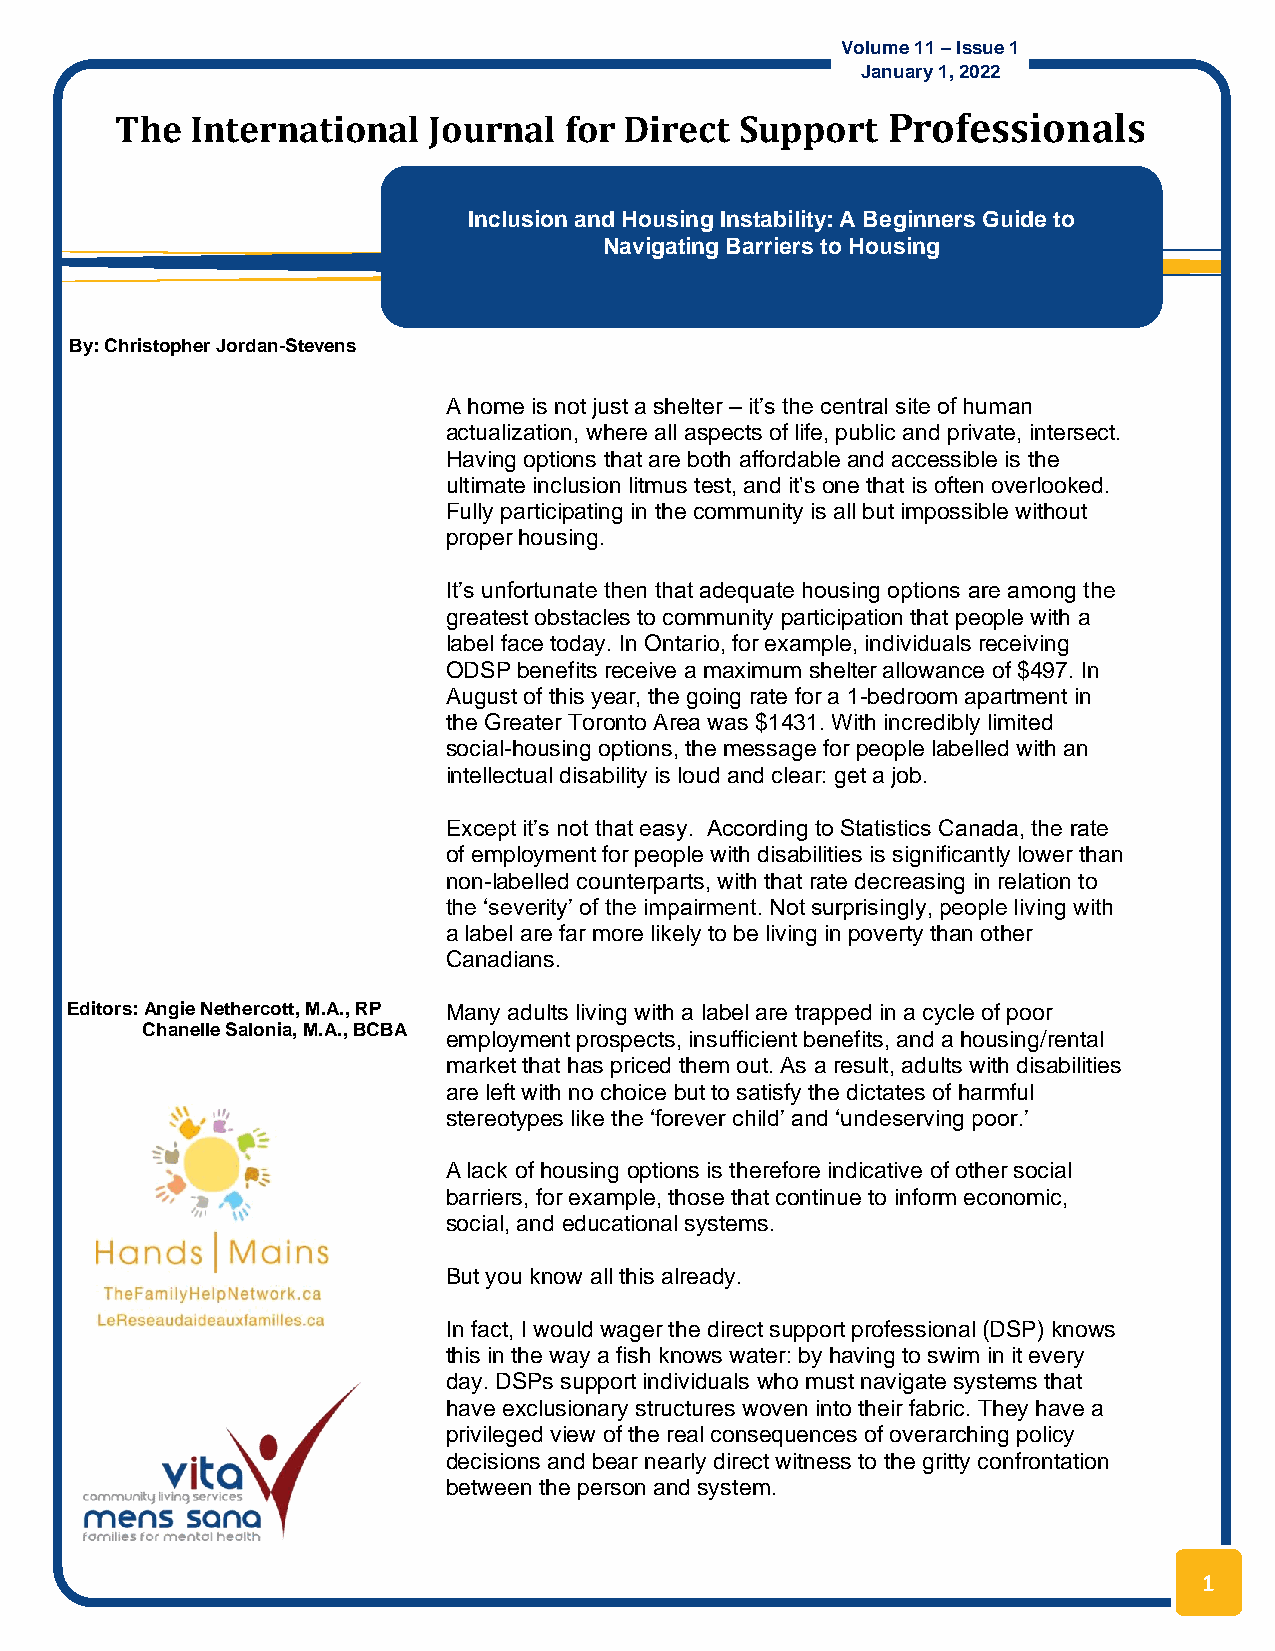
Volume 11 – Issue 1
 January 1, 2022
 Th e International  Journal  for Direct  Support   Professionals
 Inclusion and Housing Instability: A Beginners Guide to
 Navigating Barriers to Housing
 By: Christopher Jordan-Stevens
 A home is not just a shelter – it’s the central site of human
 actualization, where all aspects of life, public and private, intersect.
 Having options that are both affordable and accessible is the
 ultimate inclusion litmus test, and it's one that is often overlooked.
 Fully participating in the community is all but impossible without
 proper housing.
 It’s unfortunate then that adequate housing options are among the
 greatest obstacles to community participation that people with a
 label face today. In Ontario, for example, individuals receiving
 ODSP benefits receive a maximum shelter allowance of $497. In
 August of this year, the going rate for a 1-bedroom apartment in
 the Greater Toronto Area was $1431. With incredibly limited
 social-housing options, the message for people labelled with an
 Jacques Lee, MD, FRCPC
 intellectual disability is loud and clear: get a job.
 Except it’s not that easy. According to Statistics Canada, the rate
 of employment for people with disabilities is significantly lower than
 non-labelled counterparts, with that rate decreasing in relation to
 the ‘severity’ of the impairment. Not surprisingly, people living with
 a label are far more likely to be living in poverty than other
 Canadians.
 Editors: Angie Nethercott, M.A., RP Many adults living with a label are trapped in a cycle of poor
 Chanelle Salonia, M.A., BCBA
 employment prospects, insufficient benefits, and a housing/rental
 market that has priced them out. As a result, adults with disabilities
 are left with no choice but to satisfy the dictates of harmful
 stereotypes like the ‘forever child’ and ‘undeserving poor.’
 A lack of housing options is therefore indicative of other social
 barriers, for example, those that continue to inform economic,
 social, and educational systems.
 But you know all this already.
 In fact, I would wager the direct support professional (DSP) knows
 this in the way a fish knows water: by having to swim in it every
 day. DSPs support individuals who must navigate systems that
 have exclusionary structures woven into their fabric. They have a
 privileged view of the real consequences of overarching policy
 decisions and bear nearly direct witness to the gritty confrontation
 between the person and system.
 1